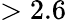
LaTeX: >2.6